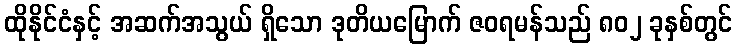
ထိုနိုင်ငံနှင့် အဆက်အသွယ် ရှိသော ဒုတိယမြောက် ဇဝရမန်သည် ၈၀၂ ခုနှစ်တွင်